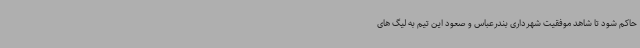
حاکم شود تا شاهد موفقیت شهرداری بندرعباس و صعود این تیم به لیگ های